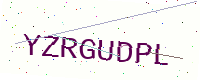
Text: YZRGUDPL